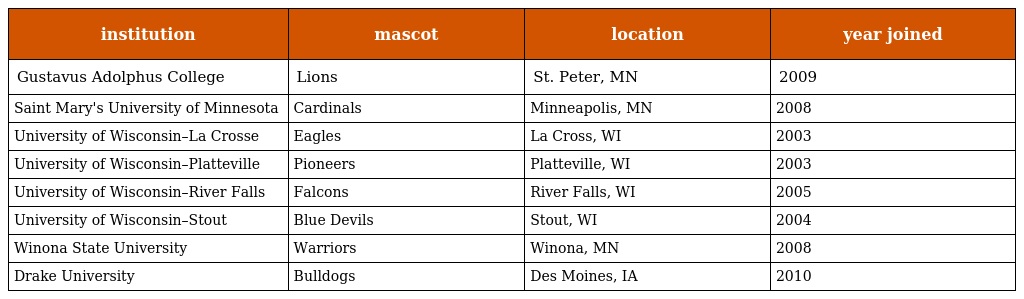
| institution | mascot | location | year joined |
 | --- | --- | --- | --- |
 | Gustavus Adolphus College | Lions | St. Peter, MN | 2009 |
 | Saint Mary's University of Minnesota | Cardinals | Minneapolis, MN | 2008 |
 | University of Wisconsin–La Crosse | Eagles | La Cross, WI | 2003 |
 | University of Wisconsin–Platteville | Pioneers | Platteville, WI | 2003 |
 | University of Wisconsin–River Falls | Falcons | River Falls, WI | 2005 |
 | University of Wisconsin–Stout | Blue Devils | Stout, WI | 2004 |
 | Winona State University | Warriors | Winona, MN | 2008 |
 | Drake University | Bulldogs | Des Moines, IA | 2010 |